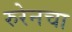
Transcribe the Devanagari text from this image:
रुरेनचा